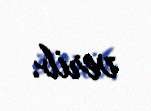
verib.